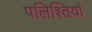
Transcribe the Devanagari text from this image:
पलिश्तियों